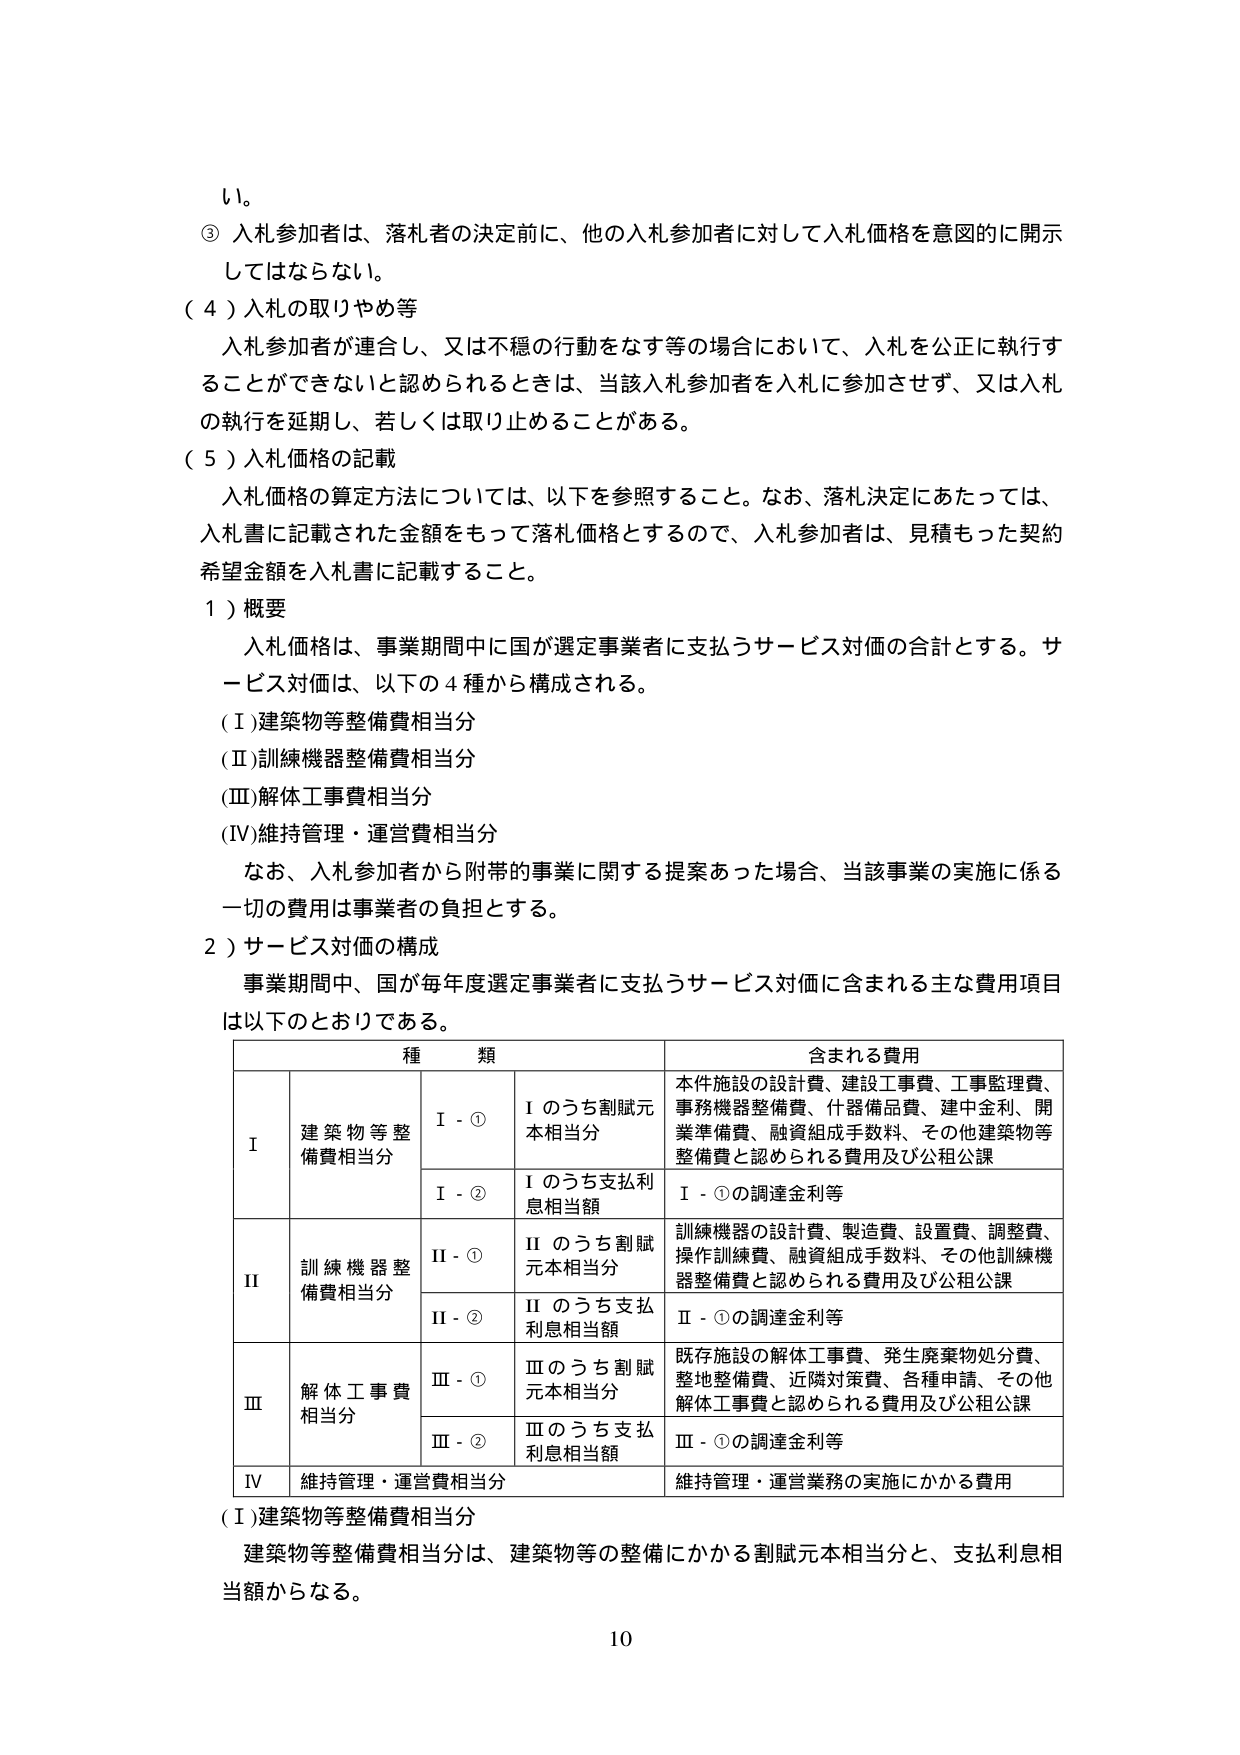
い。

③ 入札参加者は、落札者の決定前に、他の入札参加者に対して入札価格を意図的に開示してはならない。

（４）入札の取りやめ等

入札参加者が連合し、又は不穏の行動をなす等の場合において、入札を公正に執行することができないと認められるときは、当該入札参加者を入札に参加させず、又は入札の執行を延期し、若しくは取り止めることがある。

（５）入札価格の記載

入札価格の算定方法については、以下を参照すること。なお、落札決定にあたっては、入札書に記載された金額をもって落札価格とするので、入札参加者は、見積もった契約希望金額を入札書に記載すること。

１）概要

入札価格は、事業期間中に国が選定事業者に支払うサービス対価の合計とする。サービス対価は、以下の４種から構成される。

（Ⅰ）建築物等整備費相当分

（Ⅱ）訓練機器整備費相当分

（Ⅲ）解体工事費相当分

（Ⅳ）維持管理・運営費相当分

なお、入札参加者から附帯的事業に関する提案あった場合、当該事業の実施に係る一切の費用は事業者の負担とする。

２）サービス対価の構成

事業期間中、国が毎年度選定事業者に支払うサービス対価に含まれる主な費用項目は以下のとおりである。

| 種類 | 含まれる費用 |
|------|--------------|
| I | 建築物等整備費相当分 |
| | I - ① | I のうち割賦元本相当分 | 本件施設の設計費、建設工事費、工事監理費、事務機器整備費、什器備品費、建中金利、開業準備費、融資組成手数料、その他建築物等整備費と認められる費用及び公租公課 |
| | I - ② | I のうち支払利息相当額 | I - ①の調達金利等 |
| II | 訓練機器整備費相当分 |
| | II - ① | II のうち割賦元本相当分 | 訓練機器の設計費、製造費、設置費、調整費、操作訓練費、融資組成手数料、その他訓練機器整備費と認められる費用及び公租公課 |
| | II - ② | II のうち支払利息相当額 | II - ①の調達金利等 |
| III | 解体工事費相当分 |
| | III - ① | III のうち割賦元本相当分 | 既存施設の解体工事費、発生廃棄物処分費、整地整備費、近隣対策費、各種申請、その他解体工事費と認められる費用及び公租公課 |
| | III - ② | III のうち支払利息相当額 | III - ①の調達金利等 |
| IV | 維持管理・運営費相当分 | 維持管理・運営業務の実施にかかる費用 |

（Ⅰ）建築物等整備費相当分

建築物等整備費相当分は、建築物等の整備にかかる割賦元本相当分と、支払利息相当額からなる。

10